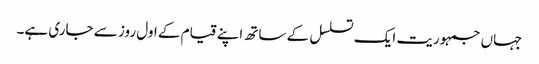
جہاں جمہوریت ایک تسلسل کے ساتھ اپنے قیام کے اول روز سے جاری ہے۔